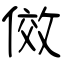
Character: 傚